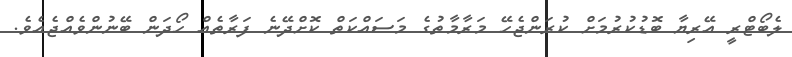
ލެބޯޓްރީ އޭރިޔާ ބޮޑުކުރުމަށް ކުރަންޖެހޭ މަރާމާތުގެ މަސައްކަތް ކޮށްދޭނެ ފަރާތެއް ހޯދަން ބޭނުންވެއްޖެއެވެ.